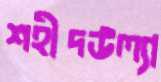
শহীদউল্যা